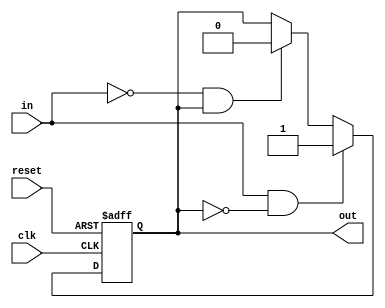
module schmitt_trigger_buffer(
    input wire clk,
    input wire reset,
    input wire in,
    output reg out
);

reg reg_out;

always @(posedge clk or posedge reset) begin
    if (reset) begin
        reg_out <= 1'b0;
    end else begin
        if (in && !reg_out) begin
            reg_out <= 1'b1;
        end else if (!in && reg_out) begin
            reg_out <= 1'b0;
        end
    end
end

assign out = reg_out;

endmodule